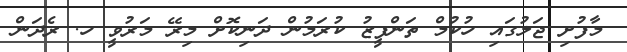
މާފުށި ޖަލުގައި ހުކުމް ތަންފީޒު ކުރަމުން ދަނިކޮށް މިރޭ މަރުވީ ހ. ރެދަން